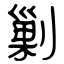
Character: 剿